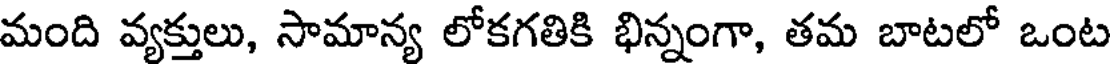
మంది వ్యక్తులు, సామాన్య లోకగతికి భిన్నంగా, తమ బాటలో ఒంట